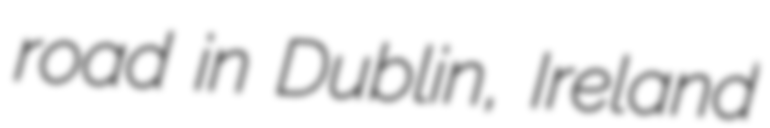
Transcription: road in Dublin, Ireland